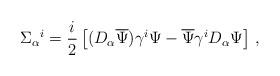
LaTeX: \begin{align*} \Sigma_\alpha{}^i= \frac{i}{2} \left[(D_\alpha\overline{\Psi}) \gamma^i\Psi - \overline{\Psi} \gamma^i D_\alpha\Psi \right]\, ,\end{align*}